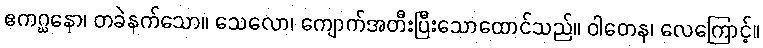
ဧကဂ္ဃနော၊ တခဲနက်သော။ သေလော၊ ကျောက်အတီးပြီးသောထောင်သည်။ ဝါတေန၊ လေကြောင့်။